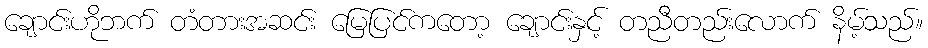
ချောင်းဟိုဘက် တံတားအဆင်း မြေပြင်ကတော့ ချောင်းနှင့် တညီတည်းလောက် နိမ့်သည်။